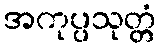
အကုပ္ပသုတ္တံ